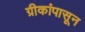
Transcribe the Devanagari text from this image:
ग्रीकांपासून